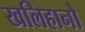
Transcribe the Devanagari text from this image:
खलिहानो